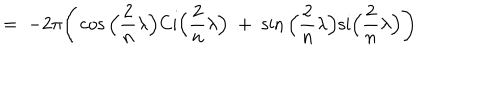
LaTeX: = \; - 2 \pi \Bigg ( \cos \Big ( \frac { 2 } { n } \lambda \Big ) \mathrm { C i } \Big ( \frac { 2 } { n } \lambda \Big ) \; + \; \sin \Big ( \frac { 2 } { n } \lambda \Big ) \mathrm { s i } \Big ( \frac { 2 } { n } \lambda \Big ) \Bigg )